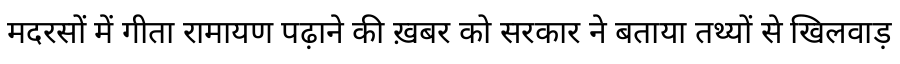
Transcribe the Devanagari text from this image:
मदरसों में गीता रामायण पढ़ाने की ख़बर को सरकार ने बताया तथ्यों से खिलवाड़